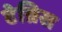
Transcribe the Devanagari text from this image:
टेन्निस